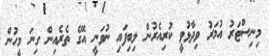
މިނިސްޓަރު އުމަރު ވިދާޅުވީ ކުރިއެރުން ލިބިފައި ނުވަނީ އޭގެ ތެރެއިން ގިނަ މީހުން